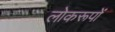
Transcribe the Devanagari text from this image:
लोकरूपों